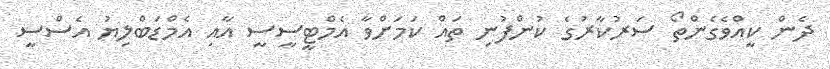
ދެން ކީއްވެގެންތޯ ސަރުކާރުގެ ކުންފުނި ތައް ކަމަށްވާ އެމްޓީސީސީ އާއި އެމްޑަބްލިޔު އެސްސީ